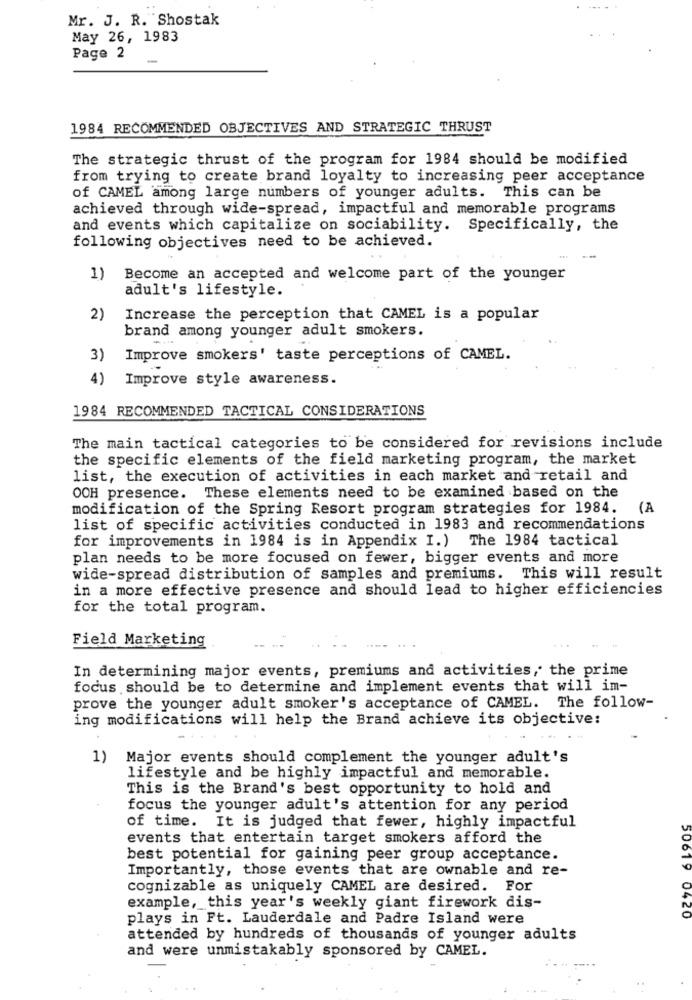
Mr. J. R. Shostak
May 26, 1983
Page 2
1984 RECOMMENDED OBJECTIVES AND STRATEGIC THRUST
The strategic thrust of the program for 1984 should be modified
from trying to create brand loyalty to increasing peer acceptance
of CAMEL among large numbers of younger adults. This can be
achieved through wide-spread, impactful and memorable programs
and events which capitalize on sociability. Specifically, the
following objectives need to be achieved.
1)
Become an accepted and welcome part of the younger
adult's lifestyle.
2)
Increase the perception that CAMEL is a popular
brand among younger adult smokers.
3)
Improve smokers' taste perceptions of CAMEL.
4)
Improve style awareness.
1984 RECOMMENDED TACTICAL CONSIDERATIONS
The main tactical categories to be considered for revisions include
the specific elements of the field marketing program, the market
list, the execution of activities in each market and retail and
OOH presence. These elements need to be examined based on the
modification of the Spring Resort program strategies for 1984.
(A
list of specific activities conducted in 1983 and recommendations
for improvements in 1984 is in Appendix I.) The 1984 tactical
plan needs to be more focused on fewer, bigger events and more
wide-spread distribution of samples and premiums. This will result
in a more effective presence and should lead to higher efficiencies
for the total program.
Field Marketing
In determining major events, premiums and activities, the prime
focus should be to determine and implement events that will im-
prove the younger adult smoker's acceptance of CAMEL. The follow-
ing modifications will help the Brand achieve its objective:
1)
Major events should complement the younger adult's
lifestyle and be highly impactful and memorable.
This is the Brand's best opportunity to hold and
focus the younger adult's attention for any period
of time.
It is judged that fewer, highly impactful
events that entertain target smokers afford the
best potential for gaining peer group acceptance.
Importantly, those events that are ownable and re-
cognizable as uniquely CAMEL are desired. For
example, this year's weekly giant firework dis-
plays in Ft. Lauderdale and Padre Island were
50619 0420
attended by hundreds of thousands of younger adults
and were unmistakably sponsored by CAMEL.